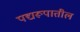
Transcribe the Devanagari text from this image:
पद्यरूपातील